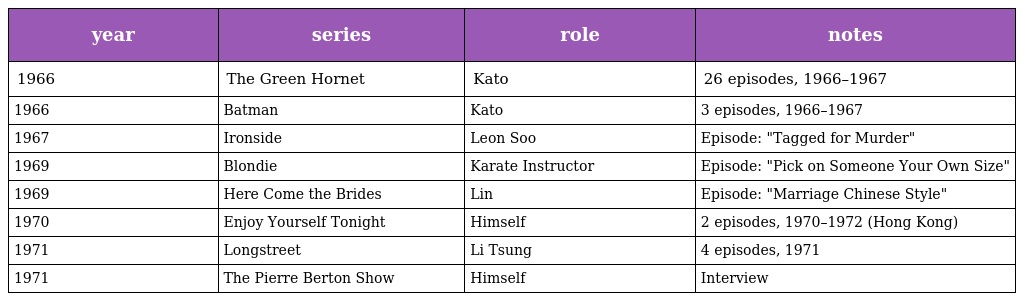
| year | series | role | notes |
 | --- | --- | --- | --- |
 | 1966 | The Green Hornet | Kato | 26 episodes, 1966–1967 |
 | 1966 | Batman | Kato | 3 episodes, 1966–1967 |
 | 1967 | Ironside | Leon Soo | Episode: "Tagged for Murder" |
 | 1969 | Blondie | Karate Instructor | Episode: "Pick on Someone Your Own Size" |
 | 1969 | Here Come the Brides | Lin | Episode: "Marriage Chinese Style" |
 | 1970 | Enjoy Yourself Tonight | Himself | 2 episodes, 1970–1972 (Hong Kong) |
 | 1971 | Longstreet | Li Tsung | 4 episodes, 1971 |
 | 1971 | The Pierre Berton Show | Himself | Interview |